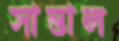
সান্তাল